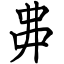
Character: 丳